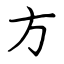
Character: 方